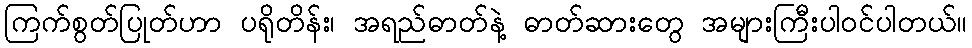
ကြက်စွတ်ပြုတ်ဟာ ပရိုတိန်း၊ အရည်ဓာတ်နဲ့ ဓာတ်ဆားတွေ အများကြီးပါဝင်ပါတယ်။